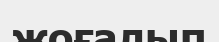
жоғалып